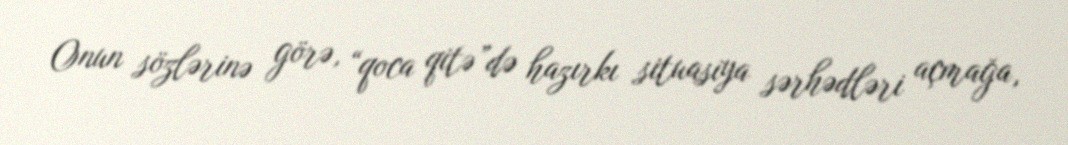
Onun sözlərinə görə, “qoca qitə”də hazırkı situasiya sərhədləri açmağa,